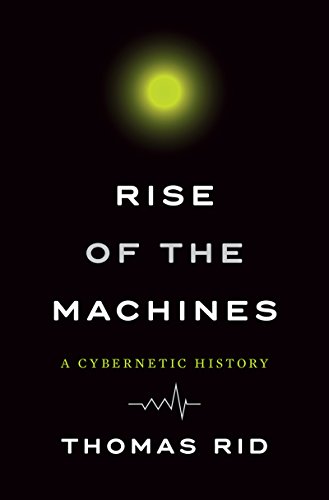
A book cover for Rise of the Machines: A Cybernetic History; Thomas Rid; Computers & Technology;